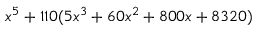
x ^ { 5 } + 1 1 0 ( 5 x ^ { 3 } + 6 0 x ^ { 2 } + 8 0 0 x + 8 3 2 0 )